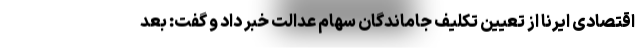
اقتصادی ایرنا از تعیین تکلیف جاماندگان سهام عدالت خبر داد و گفت: بعد